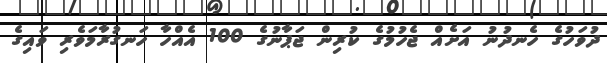
ދުވަހުގެ ހެނދުނު އަށެއް ޖެހުމުގެ ކުރިން ޖަޕާނުގެ 100 އެއްހާ ހަނގުރާމަވެރި ވައިގެ